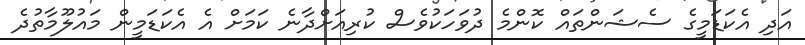
އަދި އެކަޑަމީގެ ސެޝަންތައް ކޮންމެ ދުވަހަކުވެސް ކުރިއަށްދާނެ ކަމަށް އެ އެކަޑަމީން މައުލޫމާތުދެ